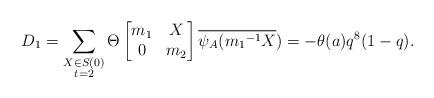
LaTeX: \begin{align*} D_1=\displaystyle \sum_{\substack{X\in S(0) \\ t=2 }}\Theta \begin{bmatrix} m_1 & X\\0 & m_2\end{bmatrix}\overline{\psi_A({m_1}^{-1}X})=-\theta(a)q^8(1-q). \end{align*}